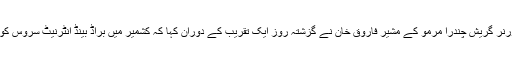
قابل ذکر ہے کہ لیفٹیننٹ گورنر گریش چندرا مرمو کے مشیر فاروق خان نے گزشتہ روز ایک تقریب کے دوران کہا کہ کشمیر میں براڈ بینڈ انٹرنیٹ سروس کو عنقریب بحال کیا جائے گا۔